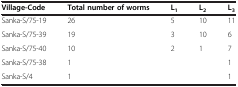
<table><thead><tr><td><b>Village-Code</b></td><td><b>Total number of worms</b></td><td><b>L<sub>1</sub></b></td><td><b>L<sub>2</sub></b></td><td><b>L<sub>3</sub></b></td></tr></thead><tbody><tr><td>Sanka-S/75-19</td><td>26</td><td>5</td><td>10</td><td>11</td></tr><tr><td>Sanka-S/75-39</td><td>19</td><td>3</td><td>10</td><td>6</td></tr><tr><td>Sanka-S/75-40</td><td>10</td><td>2</td><td>1</td><td>7</td></tr><tr><td>Sanka-S/75-38</td><td>1</td><td> </td><td> </td><td>1</td></tr><tr><td>Sanka-S/4</td><td>1</td><td> </td><td> </td><td>1</td></tr></tbody></table>